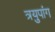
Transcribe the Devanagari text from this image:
त्रयुपांग